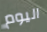
اليوم